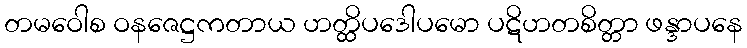
တမဝေါစ ဝနဇေဋ္ဌကတာယ ဟတ္ထိပဒေါပမော ပဋိဟတစိတ္တာ ဖန္ဒာပနေ